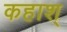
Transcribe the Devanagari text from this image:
कहाश्